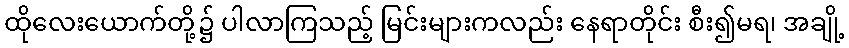
ထိုလေးယောက်တို့၌ ပါလာကြသည့် မြင်းများကလည်း နေရာတိုင်း စီး၍မရ၊ အချို့